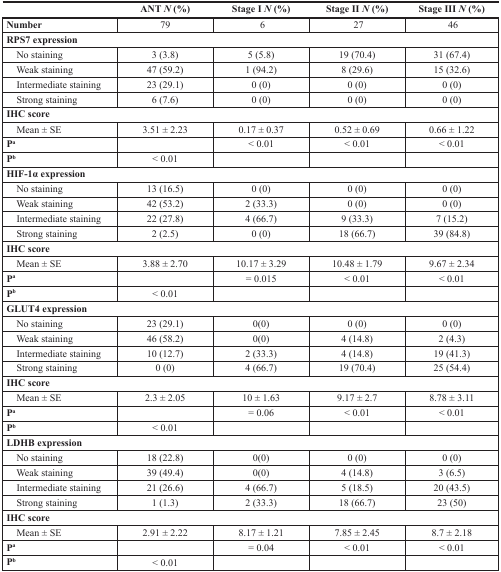
<table><thead><tr><td></td><td><b>ANT <i>N</i> (%)</b></td><td><b>Stage I <i>N</i> (%)</b></td><td><b>Stage II <i>N</i> (%)</b></td><td><b>Stage III <i>N</i> (%)</b></td></tr></thead><tbody><tr><td><b>Number</b></td><td>79</td><td>6</td><td>27</td><td>46</td></tr><tr><td colspan="5"><b>RPS7 expression</b></td></tr><tr><td> No staining</td><td>3 (3.8)</td><td>5 (5.8)</td><td>19 (70.4)</td><td>31 (67.4)</td></tr><tr><td> Weak staining</td><td>47 (59.2)</td><td>1 (94.2)</td><td>8 (29.6)</td><td>15 (32.6)</td></tr><tr><td> Intermediate staining</td><td>23 (29.1)</td><td>0 (0)</td><td>0 (0)</td><td>0 (0)</td></tr><tr><td> Strong staining</td><td>6 (7.6)</td><td>0 (0)</td><td>0 (0)</td><td>0 (0)</td></tr><tr><td colspan="5"><b>IHC score</b></td></tr><tr><td> Mean ± SE</td><td>3.51 ± 2.23</td><td>0.17 ± 0.37</td><td>0.52 ± 0.69</td><td>0.66 ± 1.22</td></tr><tr><td><b>P<sup>a</sup></b></td><td></td><td>&lt; 0.01</td><td>&lt; 0.01</td><td>&lt; 0.01</td></tr><tr><td><b>P<sup>b</sup></b></td><td>&lt; 0.01</td><td></td><td></td><td></td></tr><tr><td colspan="5"><b>HIF-1α expression</b></td></tr><tr><td> No staining</td><td>13 (16.5)</td><td>0 (0)</td><td>0 (0)</td><td>0 (0)</td></tr><tr><td> Weak staining</td><td>42 (53.2)</td><td>2 (33.3)</td><td>0 (0)</td><td>0 (0)</td></tr><tr><td> Intermediate staining</td><td>22 (27.8)</td><td>4 (66.7)</td><td>9 (33.3)</td><td>7 (15.2)</td></tr><tr><td> Strong staining</td><td>2 (2.5)</td><td>0 (0)</td><td>18 (66.7)</td><td>39 (84.8)</td></tr><tr><td colspan="5"><b>IHC score</b></td></tr><tr><td> Mean ± SE</td><td>3.88 ± 2.70</td><td>10.17 ± 3.29</td><td>10.48 ± 1.79</td><td>9.67 ± 2.34</td></tr><tr><td><b>P<sup>a</sup></b></td><td></td><td>= 0.015</td><td>&lt; 0.01</td><td>&lt; 0.01</td></tr><tr><td><b>P<sup>b</sup></b></td><td>&lt; 0.01</td><td></td><td></td><td></td></tr><tr><td colspan="5"><b>GLUT4 expression</b></td></tr><tr><td> No staining</td><td>23 (29.1)</td><td>0(0)</td><td>0 (0)</td><td>0 (0)</td></tr><tr><td> Weak staining</td><td>46 (58.2)</td><td>0(0)</td><td>4 (14.8)</td><td>2 (4.3)</td></tr><tr><td> Intermediate staining</td><td>10 (12.7)</td><td>2 (33.3)</td><td>4 (14.8)</td><td>19 (41.3)</td></tr><tr><td> Strong staining</td><td>0 (0)</td><td>4 (66.7)</td><td>19 (70.4)</td><td>25 (54.4)</td></tr><tr><td colspan="5"><b>IHC score</b></td></tr><tr><td> Mean ± SE</td><td>2.3 ± 2.05</td><td>10 ± 1.63</td><td>9.17 ± 2.7</td><td>8.78 ± 3.11</td></tr><tr><td><b>P<sup>a</sup></b></td><td></td><td>= 0.06</td><td>&lt; 0.01</td><td>&lt; 0.01</td></tr><tr><td><b>P<sup>b</sup></b></td><td>&lt; 0.01</td><td></td><td></td><td></td></tr><tr><td colspan="5"><b>LDHB expression</b></td></tr><tr><td> No staining</td><td>18 (22.8)</td><td>0(0)</td><td>0 (0)</td><td>0 (0)</td></tr><tr><td> Weak staining</td><td>39 (49.4)</td><td>0(0)</td><td>4 (14.8)</td><td>3 (6.5)</td></tr><tr><td> Intermediate staining</td><td>21 (26.6)</td><td>4 (66.7)</td><td>5 (18.5)</td><td>20 (43.5)</td></tr><tr><td> Strong staining</td><td>1 (1.3)</td><td>2 (33.3)</td><td>18 (66.7)</td><td>23 (50)</td></tr><tr><td colspan="5"><b>IHC score</b></td></tr><tr><td> Mean ± SE</td><td>2.91 ± 2.22</td><td>8.17 ± 1.21</td><td>7.85 ± 2.45</td><td>8.7 ± 2.18</td></tr><tr><td><b>P<sup>a</sup></b></td><td></td><td>= 0.04</td><td>&lt; 0.01</td><td>&lt; 0.01</td></tr><tr><td><b>P<sup>b</sup></b></td><td>&lt; 0.01</td><td></td><td></td><td></td></tr></tbody></table>